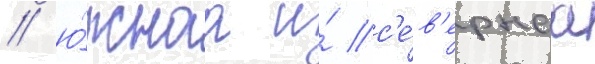
/ ю́жнаа и́ с'е́в'ернаа